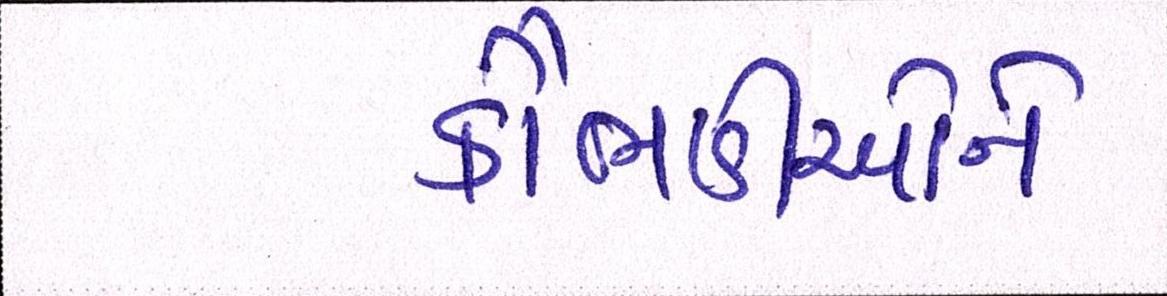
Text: કૌભાંડીઓને